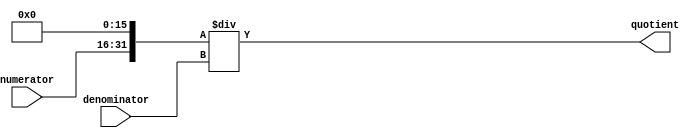
module FractionalDivider (
    input [15:0] numerator,
    input [15:0] denominator,
    output reg [31:0] quotient
);

reg [31:0] dividend;
reg [31:0] divisor;

always @ (numerator, denominator) begin
    dividend = numerator << 16; // shift left to create 32-bit dividend
    divisor = denominator; // copy denominator to divisor
    quotient = dividend / divisor; // perform the division operation
end

endmodule